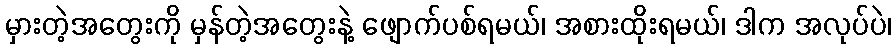
မှားတဲ့အတွေးကို မှန်တဲ့အတွေးနဲ့ ဖျောက်ပစ်ရမယ်၊ အစားထိုးရမယ်၊ ဒါက အလုပ်ပဲ၊